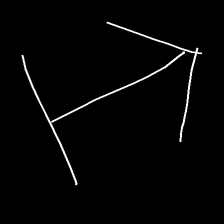
Glyph: levitation